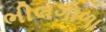
ભીલગાળા